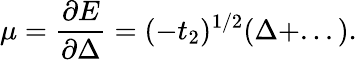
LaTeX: \mu=\frac{\partial E}{\partial\Delta}=(-t_{2})^{1/2}(\Delta+...).